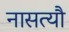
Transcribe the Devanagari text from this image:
नासत्यौ